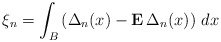
\begin{align*}\xi _{n}=\int_{B}\left( \Delta _{n}(x)-{\bf E}\,\Delta _{n}(x)\right) \,dx\end{align*}